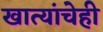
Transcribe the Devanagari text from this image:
खात्यांचेही